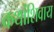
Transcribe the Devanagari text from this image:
कथांशिवाय